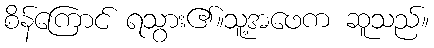
စိန်ကြောင် ရသွား၏။သူ့အဖေက ဆူသည်။